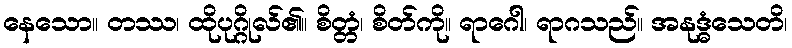
နေသော။ တဿ၊ ထိုပုဂ္ဂိုလ်၏။ စိတ္တံ၊ စိတ်ကို။ ရာဂေါ၊ ရာဂသည်။ အနုဒ္ဓံသေတိ၊